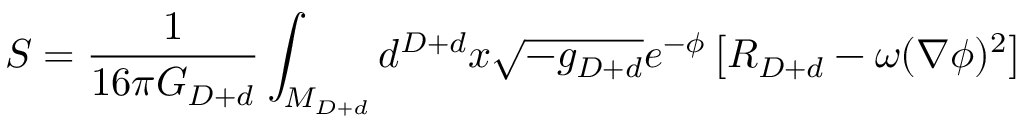
S = { \frac { 1 } { 1 6 \pi G _ { D + d } } } \int _ { M _ { D + d } } d ^ { D + d } x \sqrt { - g _ { D + d } } e ^ { - \phi } \left[ R _ { D + d } - \omega ( \nabla \phi ) ^ { 2 } \right]